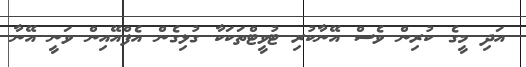
އަދި މީގެ ކުރިން ވެސް އޭނާކުރި ޓުވީޓްތަކަކާ ގުޅިގެން އެފްއޭއިން ވަނީ އޭނާ